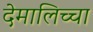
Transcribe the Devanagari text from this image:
देमालिच्चा